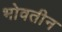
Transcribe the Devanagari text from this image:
भोवतीन